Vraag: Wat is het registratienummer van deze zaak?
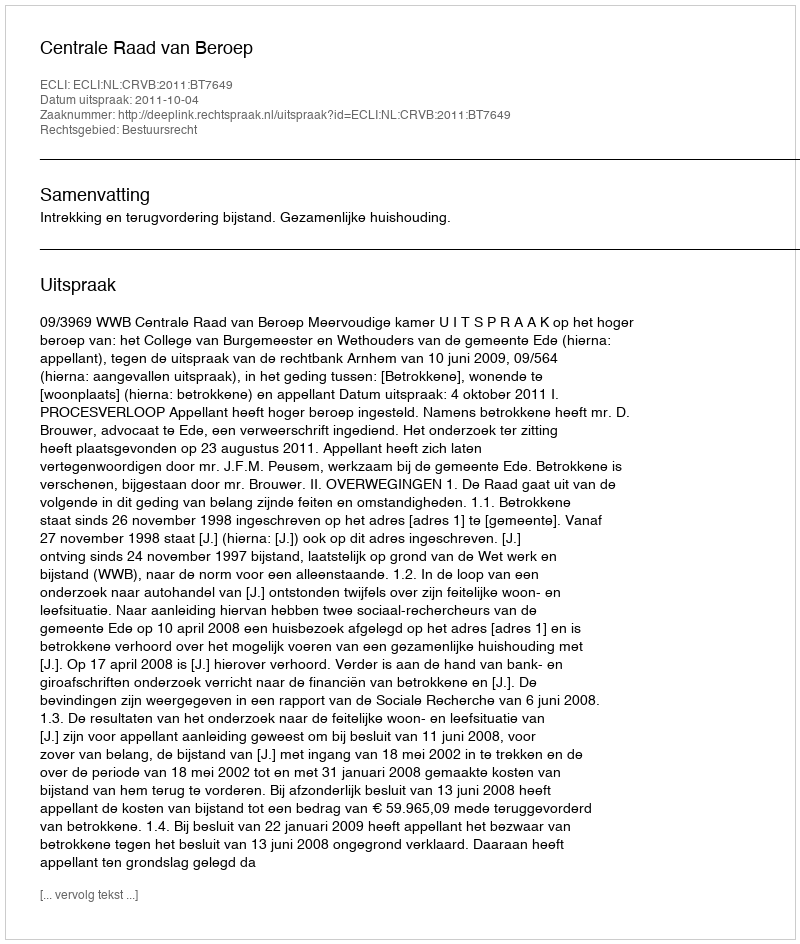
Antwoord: http://deeplink.rechtspraak.nl/uitspraak?id=ECLI:NL:CRVB:2011:BT7649